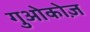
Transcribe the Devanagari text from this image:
गुओकोज़